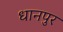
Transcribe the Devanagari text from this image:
धानपुर